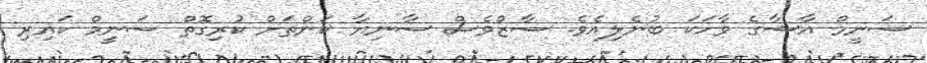
ސަނީމް އާޝާގެ ވާހަކަ ބުނެލިއެވެ. ސާޒްވެސް ސާނިޔާ ކަންތަށް ކުރިގޮތް ސަނީމް ކައިރި